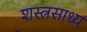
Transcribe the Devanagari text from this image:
शस्त्रसाध्य